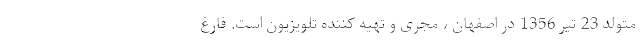
متولد 23 تیر 1356 در اصفهان ، مجری و تهیه کننده تلویزیون است. فارغ